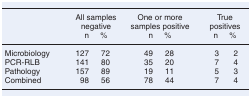
<table><thead><tr><td></td><td colspan="2"><b>All samples negative</b></td><td colspan="2"><b>One or more samples positive</b></td><td colspan="2"><b>True positives</b></td></tr><tr><td></td><td><b>n</b></td><td><b>%</b></td><td><b>n</b></td><td><b>%</b></td><td><b>n</b></td><td><b>%</b></td></tr></thead><tbody><tr><td>Microbiology</td><td>127</td><td>72</td><td>49</td><td>28</td><td>3</td><td>2</td></tr><tr><td>PCR-RLB</td><td>141</td><td>80</td><td>35</td><td>20</td><td>7</td><td>4</td></tr><tr><td>Pathology</td><td>157</td><td>89</td><td>19</td><td>11</td><td>5</td><td>3</td></tr><tr><td>Combined</td><td>98</td><td>56</td><td>78</td><td>44</td><td>7</td><td>4</td></tr></tbody></table>